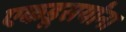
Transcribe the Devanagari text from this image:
एकडूसर्यांना